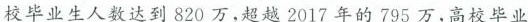
校毕业生人数达到820万，超越2017年的795万，高校毕业